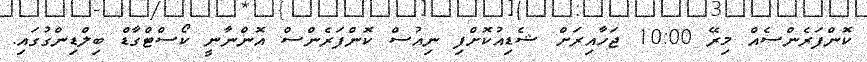
ކޮންފަރެންސެއް މިރޭ 10:00 ޖަހާއިރަށް ޝެޑިއުކޮށްފި ނިއުސް ކޮންފަރެންސް އޮންނާނީ ކޯސްޓްގާޑް ބިލްޑިންގުގައި.